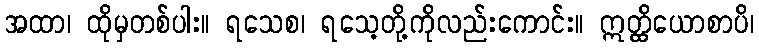
အထာ၊ ထိုမှတစ်ပါး။ ရသေစ၊ ရသေ့တို့ကိုလည်းကောင်း။ ဣတ္ထိယောစာပိ၊